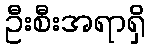
ဦးစီးအရာရှိ